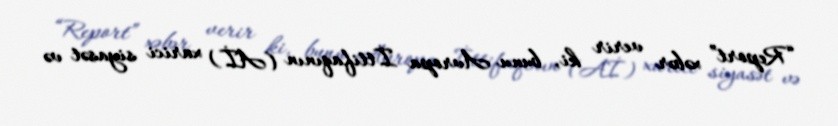
“Report” xəbər verir ki, bunu Avropa İttifaqının (Aİ) xarici siyasət və